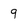
Character: 9